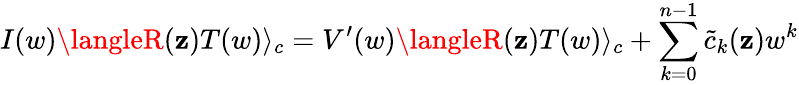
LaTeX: I(w)\langleR(\mathbf{z})T(w)\rangle_{c}=V^{\prime}(w)\langleR(\mathbf{z})T(w)\rangle_{c}+\sum_{k=0}^{n-1}{\tilde{{c}}}_{k}(\mathbf{z})w^{k}